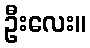
ဦးလေး။